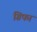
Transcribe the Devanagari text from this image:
ग्रिफा